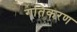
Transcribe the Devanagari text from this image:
गतिकरण